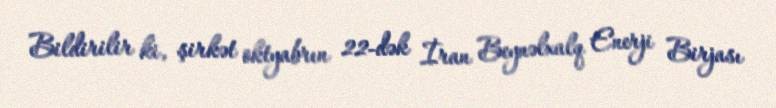
Bildirilir ki, şirkət oktyabrın 22-dək İran Beynəlxalq Enerji Birjası